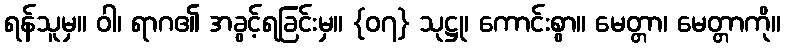
ရန်သူမှ။ ဝါ၊ ရာဂ၏ အခွင့်ရခြင်းမှ။ {၀၇} သုဋ္ဌု၊ ကောင်းစွာ။ မေတ္တာ၊ မေတ္တာကို။